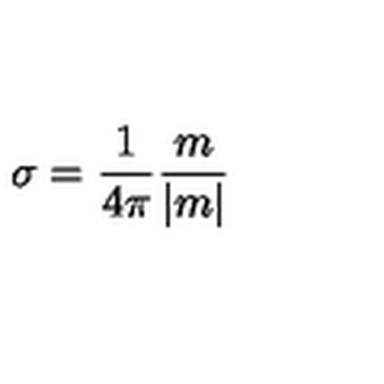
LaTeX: \sigma = \frac 1 { 4 \pi } \frac m { | m | }